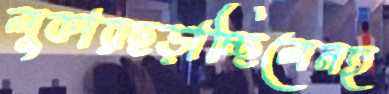
লুকারছড়াচ্ছিলেনহ